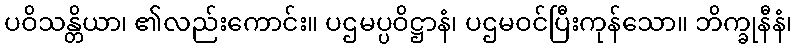
ပဝိသန္တိယာ၊ ၏လည်းကောင်း။ ပဌမပ္ပဝိဋ္ဌာနံ၊ ပဌမဝင်ပြီးကုန်သော။ ဘိက္ခုနီနံ၊